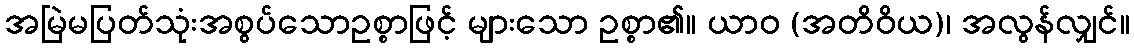
အမြဲမပြတ်သုံးအစွပ်သောဥစ္စာဖြင့် များသော ဥစ္စာ၏။ ယာဝ (အတိဝိယ)၊ အလွန်လျှင်။